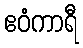
ဧဝံကာရီ